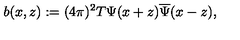
b ( x , z ) : = ( 4 \pi ) ^ { 2 } T \Psi ( x + z ) \overline { { \Psi } } ( x - z ) ,